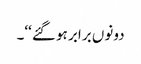
دونوں برابر ہو گئے‘‘۔